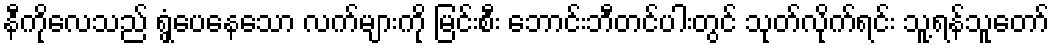
နီကိုလေသည် ရွှံ့ပေနေသော လက်များကို မြင်းစီး ဘောင်းဘီတင်ပါးတွင် သုတ်လိုက်ရင်း သူ့ရန်သူတော်